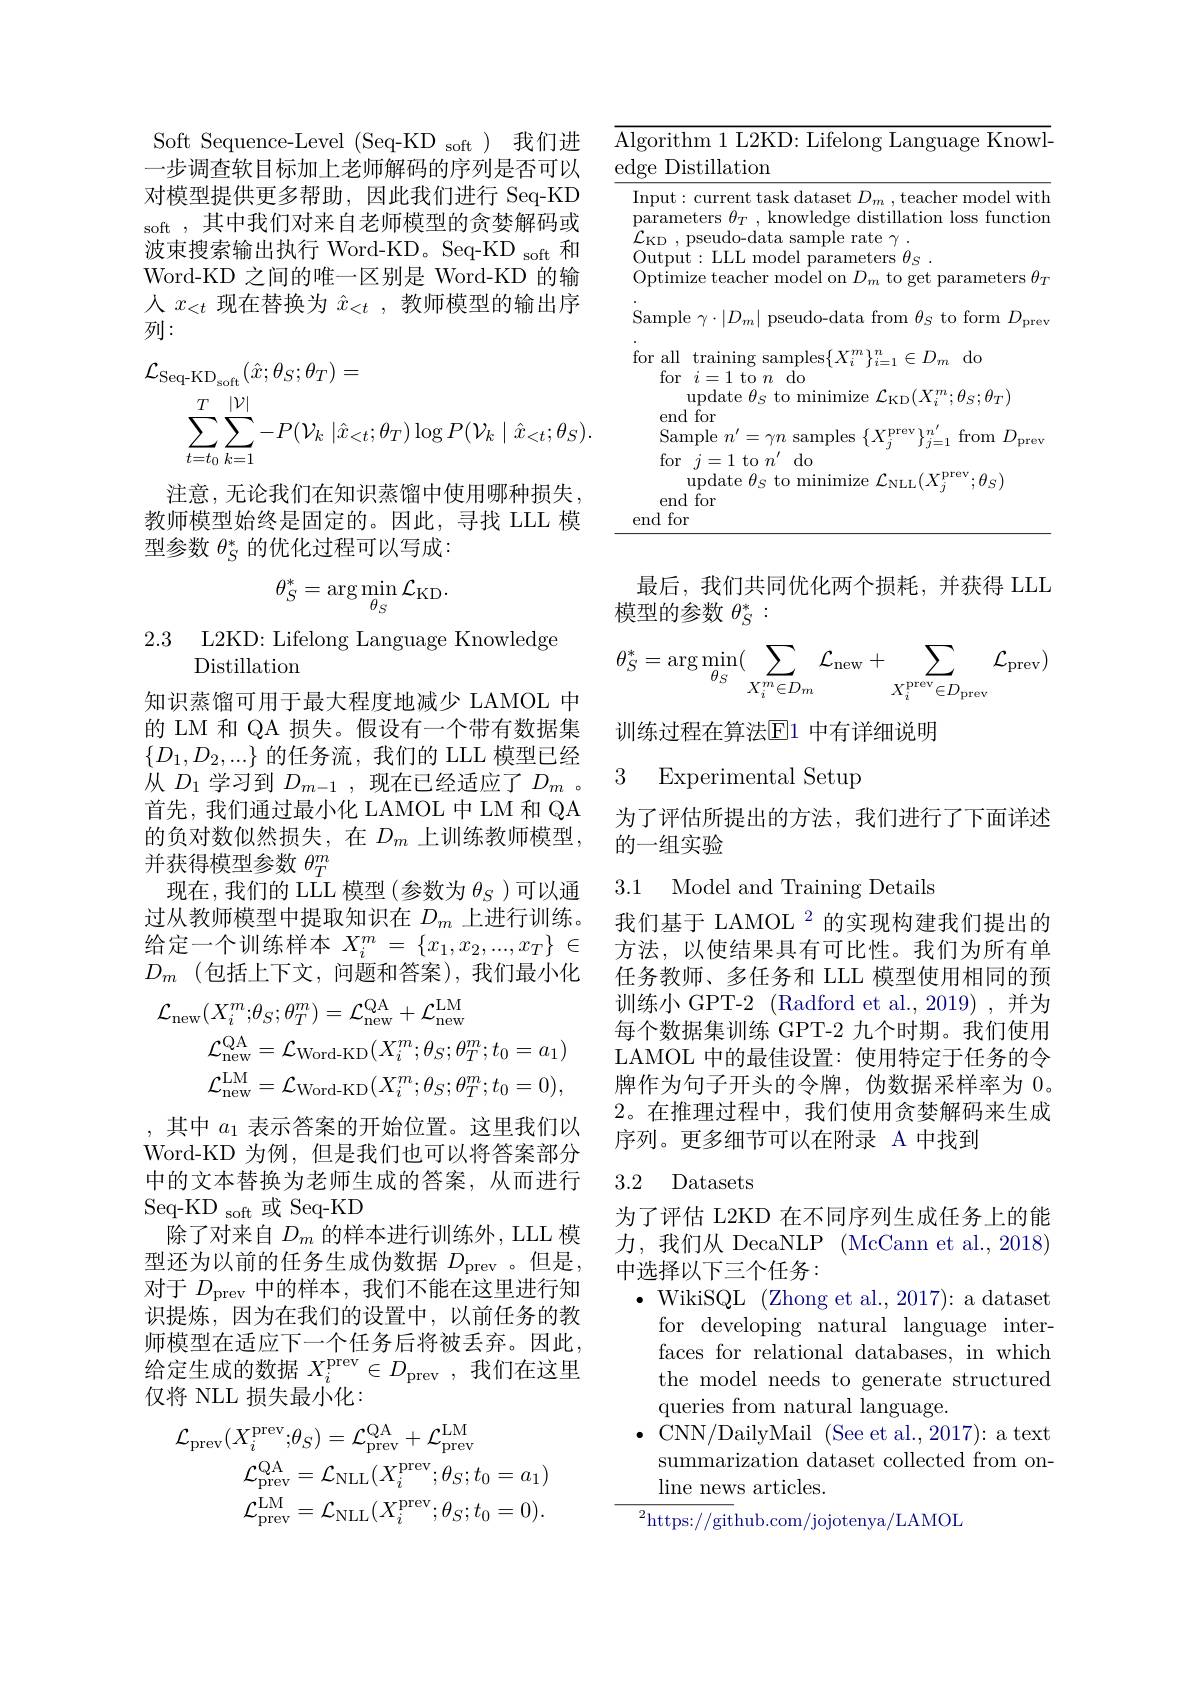
Soft Sequence-Level (Seq-KD soft)我们进

一步调查软目标加上老师解码的序列是否可以对模型提供更多帮助，因此我们进行 Seq-KD soft ,其中我们对来自老师模型的贪婪解码或波束搜索输出执行 Word-KD。Seq-KD soft 和Word-KD 之间的唯一区别是 Word-KD 的输人$x_{<t}$现在替换为$\hat{x}_{<t}$,教师模型的输出序列：
$$\begin{aligned}\mathcal{L}_{\mathrm{Seq-KD}_{\mathrm{soft}}}(\hat{x};\theta_{S};\theta_{T})&=\\\sum_{t=t_{0}}^{T}\sum_{k=1}^{|\mathcal{V}|}-P(\mathcal{V}_{k}\mid\hat{x}_{<t};\theta_{T})\log P(\mathcal{V}_{k}\mid\hat{x}_{<t};\theta_{S}).\end{aligned}$$
注意，无论我们在知识蒸馏中使用哪种损失， 教师模型始终是固定的。因此，寻找 LLL 模型参数$\theta_S^*$的优化过程可以写成：
$$\theta_{S}^{*}=\arg\min_{\theta_{S}}\mathcal{L}_{\mathrm{KD}}.$$
知识蒸馏可用于最大程度地减少 LAMOL 中的 LM 和 QA 损失。假设有一个带有数据集$\{D_1,D_2,...\}$的任务流，我们的 LLL 模型已经从$D_1$学习到$D_m-1$ ,现在已经适应了$D_m$ 。首先，我们通过最小化 LAMOL 中 LM 和 QA 的负对数似然损失，在$D_m$上训练教师模型， 并获得模型参数$\theta_T^m$
现在，我们的 LLL 模型(参数为$\theta_S$ )可以通过从教师模型中提取知识在$D_m$上进行训练。给定一个训练样本$X_i^m=\{x_1,x_2,...,x_T\}\in$ $D_m$ (包括上下文，问题和答案),我们最小化
$$\begin{aligned}\mathcal{L}_{\mathrm{new}}(X_{i}^{m};\theta_{S};\theta_{T}^{m})&=\mathcal{L}_{\mathrm{new}}^{\mathrm{QA}}+\mathcal{L}_{\mathrm{new}}^{\mathrm{LM}}\\\mathcal{L}_{\mathrm{new}}^{\mathrm{QA}}&=\mathcal{L}_{\mathrm{Word-KD}}(X_{i}^{m};\theta_{S};\theta_{T}^{m};t_{0}=a_{1})\\\mathcal{L}_{\mathrm{new}}^{\mathrm{LM}}&=\mathcal{L}_{\mathrm{Word-KD}}(X_{i}^{m};\theta_{S};\theta_{T}^{m};t_{0}=0),\end{aligned}$$
$\begin{array}{ll}{2.3}&{{\mathrm{L2KD:~Lifelong~Language~Knowledge}}}\\{{\mathrm{Distillation}}}\end{array}$ ,其中$a_1$表示答案的开始位置。这里我们以Word-KD 为例，但是我们也可以将答案部分中的文本替换为老师生成的答案，从而进行Seq-KD soft 或 Seq-KD
除了对来自$D_m$的样本进行训练外，LLL 模型还为以前的任务生成伪数据$D_\mathrm{prev}$。但是， 对于$D_\mathrm{prev}$中的样本，我们不能在这里进行知识提炼，因为在我们的设置中，以前任务的教师模型在适应下一个任务后将被丢弃。因此， 给定生成的数据$X_i^\mathrm{prev}\in D_\mathrm{prev}$,我们在这里仅将 NLL 损失最小化：
$$\mathcal{L}_{\mathrm{prev}}(X_{i}^{\mathrm{prev}};\theta_{S})=\mathcal{L}_{\mathrm{prev}}^{\mathrm{QA}}+\mathcal{L}_{\mathrm{prev}}^{\mathrm{LM}}\\\mathcal{L}_{\mathrm{prev}}^{\mathrm{QA}}=\mathcal{L}_{\mathrm{NLL}}(X_{i}^{\mathrm{prev}};\theta_{S};t_{0}=a_{1})\\\mathcal{L}_{\mathrm{prev}}^{\mathrm{LM}}=\mathcal{L}_{\mathrm{NLL}}(X_{i}^{\mathrm{prev}};\theta_{S};t_{0}=0).$$
<table>
	<tbody>
		<tr>
			<td>$\Lambda l$ {:}d</td>
			<td>${\mathrm{rithm~1~L2KD:~Lifelong~Language~Knowl}}$ ${\mathrm{~Distillation}}$</td>
		</tr>
		<tr>
			<td>$I$ $F$</td>
			<td>out: current task dataset $D_{m}$ ,teacher model with rameters $\theta_{T}$, knowledge distillation loss function ${\mathrm{ID~, ~pseudo- data~sample~rate~}\gamma }$ . ${\mathrm{utput: ~LLL~model~parameters~}\theta _{S}}$ . timize teacher model on $D_{m}$ to get parameters $\theta_{T}$</td>
		</tr>
		<tr>
			<td> </td>
			<td>${\mathrm{tor}}~j=1~{\mathrm{to}}~n$ $d0$ update $\theta_S$ to minimize $\mathcal{L}_\mathrm{NLL}(X_j^\mathrm{prev};\theta_S)$ end for d for</td>
		</tr>
	</tbody>
</table>

最后，我们共同优化两个损耗，并获得 LLL
模型的参数$\theta_S^*:$
$$\theta_S^*=\arg\min_{\theta_S}(\sum_{X_i^m\in D_m}\mathcal{L}_{\mathrm{new}}+\sum_{X_i^{\mathrm{prev}}\in D_{\mathrm{prev}}}\mathcal{L}_{\mathrm{prev}})$$
训练过程在算法$\overline{\mathrm{E}}$1 中有详细说明

### 3 Experimental Setup

为了评估所提出的方法，我们进行了下面详述
的一组实验

3.1 Model and Training Details

我们基于 LAMOL $^{2}$的实现构建我们提出的方法，以使结果具有可比性。我们为所有单任务教师、多任务和 LLL 模型使用相同的预训练小 GPT-2 (Radford et al., 2019) , 并为每个数据集训练 GPT-2 九个时期。我们使用LAMOL 中的最佳设置：使用特定于任务的令牌作为句子开头的令牌，伪数据采样率为 0。2。在推理过程中，我们使用贪婪解码来生成序列。更多细节可以在附录 A 中找到

### 3.2 Datasets

为了评估 L2KD 在不同序列生成任务上的能力，我们从 DecaNLP (McCann et al.,2018) 中选择以下三个任务：
$\bullet$ WikiSQL (Zhong et al., 2017): a dataset
for developing natural language interfaces for relational databases, in which the model needs to generate structured queries from natural language.
$\bullet$ CNN/DailyMail (See et al.,2017): a text
summarization dataset collected from on-
line news articles.
${{^2}\mathrm{https:}//\mathrm{git}}$hub.com/jojotenya/LAMOL